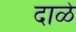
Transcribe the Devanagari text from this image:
दाळे